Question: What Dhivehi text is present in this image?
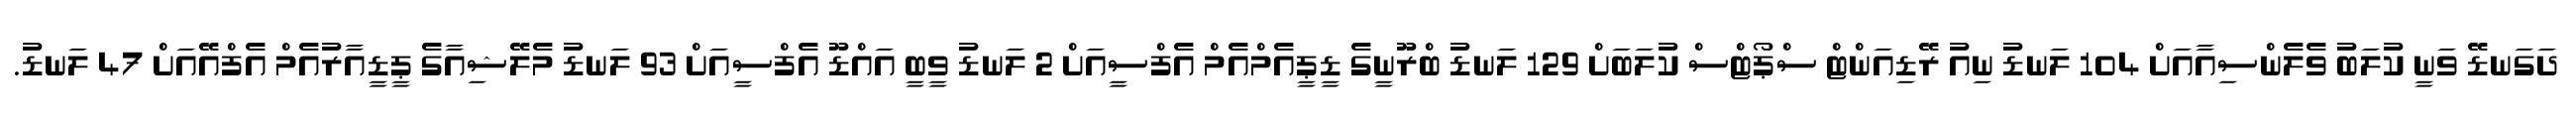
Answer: ދަގަނޑޭ ވަނީ ކުލަބު ވެލެންސިއާއަށް 104 ލަނޑު ނިއު ރޭޑިއަންޓް ސްޕޯޓްސް ކުލަބަށް 129 ލަނޑު ބްރޫނީގެ ޑީޕީއެމްއެމް އެފްސީއަށް 2 ލަނޑު ވީބީ އައްޑޫ އެފްސީއަށް 93 ލަނޑު މެލޭޝިއާގެ ޕީޑީއާރުއެމް އެފްއޭއަށް 47 ލަނޑު.